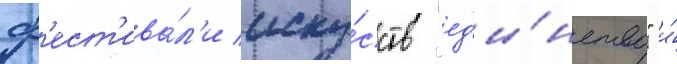
ф'ест'ива́л'и иску́сств "ед'и́нство" и́